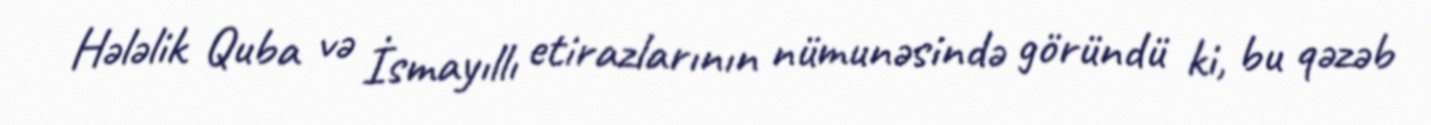
Hələlik Quba və İsmayıllı etirazlarının nümunəsində göründü ki, bu qəzəb